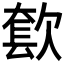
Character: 𰙓